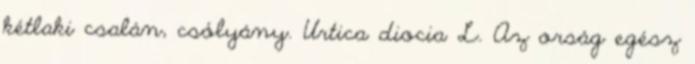
kétlaki csalán, csólyány. Urtica diocia L. Az orság egész